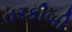
તરકીબી